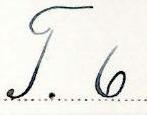
T. 6